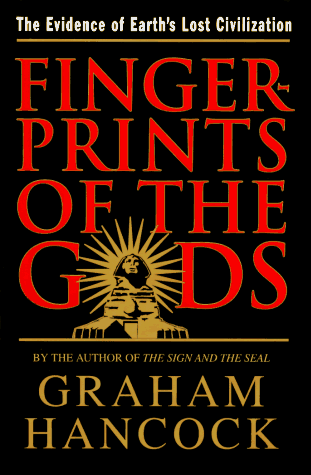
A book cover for Fingerprints Of The Gods: The Evidence of Earth's Lost Civilization; Graham Hancock; History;